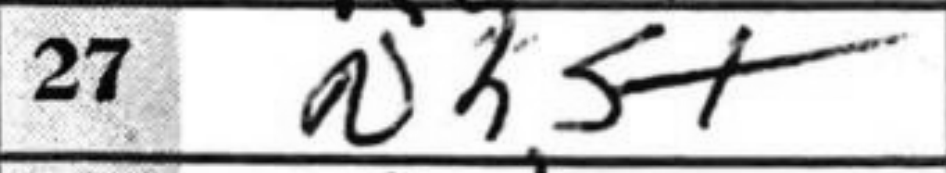
Transcription: Nh5+